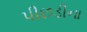
પીછડીના